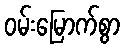
ဝမ်းမြောက်စွာ